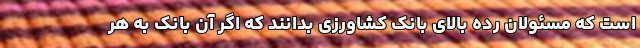
است که مسئولان رده بالای بانک کشاورزی بدانند که اگر آن بانک به هر